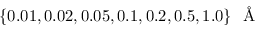
\{ 0 . 0 1 , 0 . 0 2 , 0 . 0 5 , 0 . 1 , 0 . 2 , 0 . 5 , 1 . 0 \} \mathrm { ~ \normalfont ~ \AA ~ }